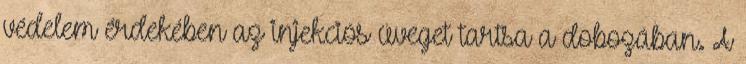
védelem érdekében az injekciós üveget tartsa a dobozában. A